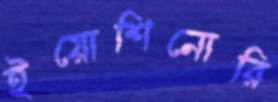
ইয়োশিনোরি